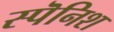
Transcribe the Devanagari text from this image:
स्पॆनिश